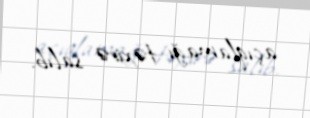
açıqlamağı təxirə salıb.